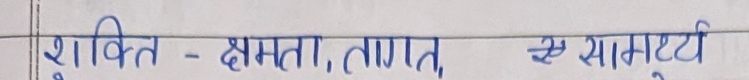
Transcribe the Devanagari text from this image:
शक्ति - क्षमता, तागत, सामर्थ्य